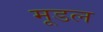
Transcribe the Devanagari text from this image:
मूडल